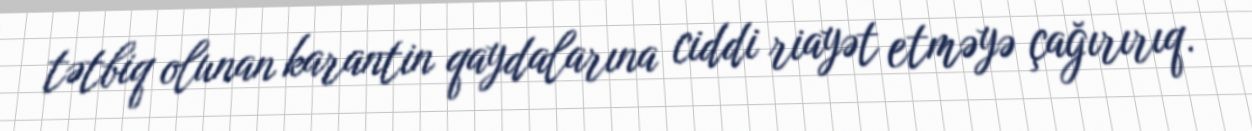
tətbiq olunan karantin qaydalarına ciddi riayət etməyə çağırırıq.